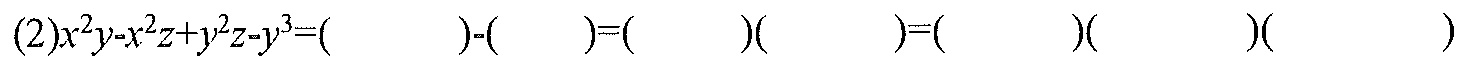
$(2)x^{2}y - x^{2}z + y^{2}z - y^{3}=(\underline{\qquad})-(\underline{\qquad})=(\underline{\qquad})(\underline{\qquad})=(\underline{\qquad})(\underline{\qquad})(\underline{\qquad})$